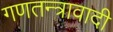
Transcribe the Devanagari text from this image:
गणतन्त्रावादी